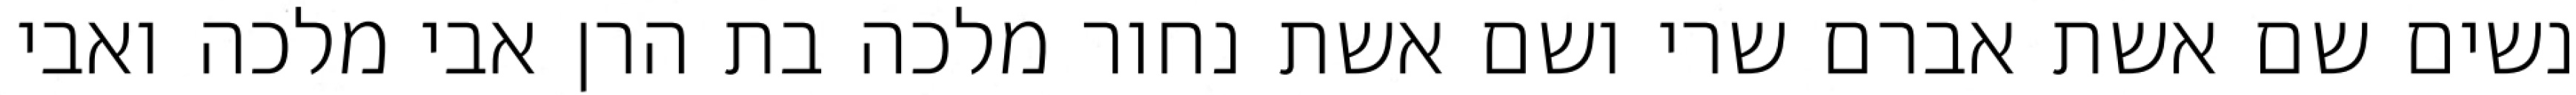
נשים שם אשת אברם שרי ושם אשת נחור מלכה בת הרן אבי מלכה ואבי